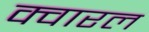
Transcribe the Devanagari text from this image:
क्वारल